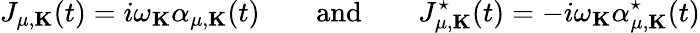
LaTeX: J_{\mu,{\mathbf K}}(t)=i\omega_{\mathbf K}\alpha_{\mu,{\mathbf K}}(t)\qquad\mathrm{and}\qquad J_{\mu,{\mathbf K}}^{\star}(t)=-i\omega_{\mathbf K}\alpha_{\mu,{\mathbf K}}^{\star}(t)